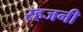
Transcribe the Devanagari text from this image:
रहजनी